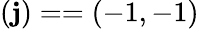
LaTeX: (\mathbf{j})==(-1,-1)